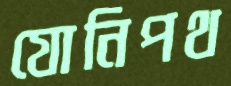
যোনিপথ